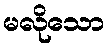
မလိုသော